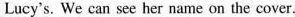
Lucy's. We can see her name on the cover.